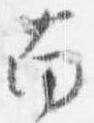
南